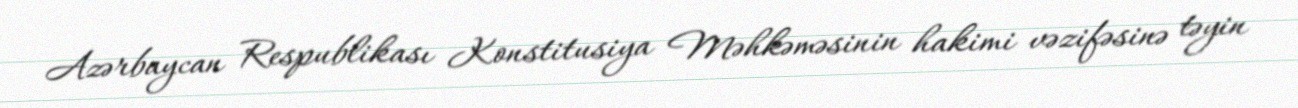
Azərbaycan Respublikası Konstitusiya Məhkəməsinin hakimi vəzifəsinə təyin